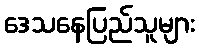
ဒေသနေပြည်သူများ